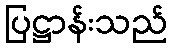
ပြဋ္ဌာန်းသည်